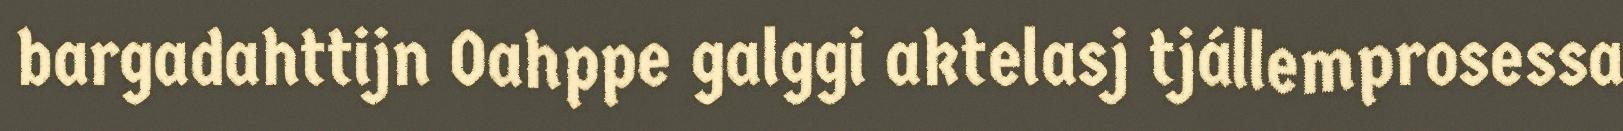
bargadahttijn Oahppe galggi aktelasj tjállemprosessa